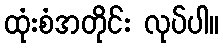
ထုံးစံအတိုင်း လုပ်ပါ။